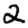
Digit: 2